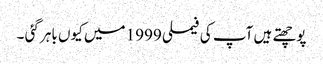
پوچھتے ہیں آپ کی فیملی 1999 میں کیوں باہر گئی ۔